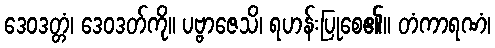
ဒေဝဒတ္တံ၊ ဒေဝဒတ်ကို။ ပဗ္ဗာဇေသိ၊ ရဟန်းပြုစေ၏။ တံကာရဏံ၊